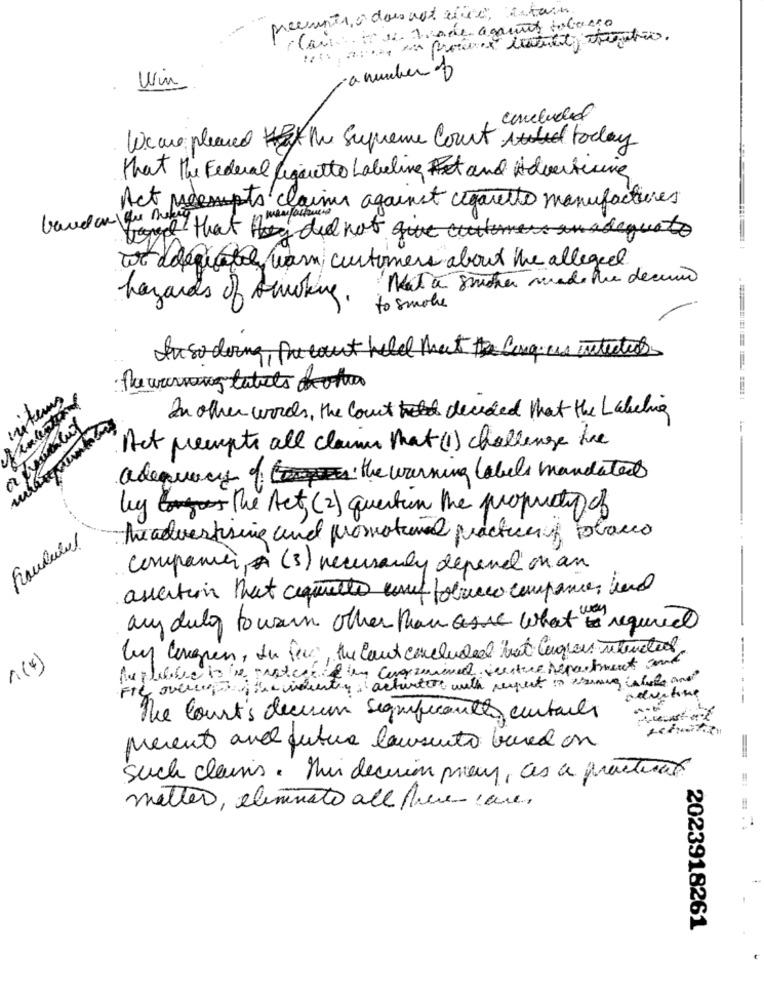
precentro does not enice, estain
cart. it is made agaunt tobacco
a number of
concluded
Weare pleased the Supreme Court today
that the Federal Cigarette Labeling Ret and Advertising
Act Meesupts claims against cigarette manufactuves
band that did not
at delegates warm customers about the alleged
Mata smoker made the decimo
hazards of banking.
to smoke
tuso doing, pecaut he
ha warsong taticts de otro
In other words, the court decided that the Labeling
---
Act prempte all claim that (1) challenge the
adequacy of temps the warning labels mandated
by the Act (2) question the property of
Fraulein!
Awadvertising and promotional practice tobacco
companies, (3) necessarily depend on an
assertion that aquellos und tobacco companies band
any duly to warn other than asse what to required
buy lingen, In fine, the laut concluded that langues wanted
1(4)
the country : actuators with respect in evening whole and
advertise
--
The Court's decision significantes certains
meent and future lawsuito based on
such clairis. His decision pracy, as a fractuur
metter, eliminato all perencore,
2023918261